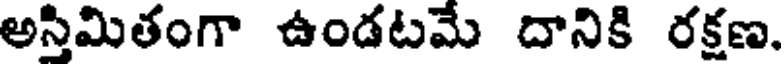
అస్తిమితంగా ఉండటమే దానికి రక్షణ.